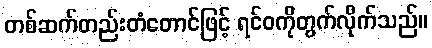
တစ်ဆက်တည်းတံတောင်ဖြင့် ရင်ဝကိုတွက်လိုက်သည်။